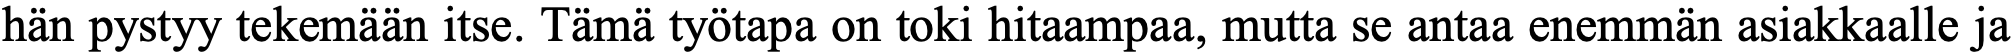
hän pystyy tekemään itse. Tämä työtapa on toki hitaampaa, mutta se antaa enemmän asiakkaalle ja